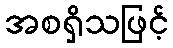
အစရှိသဖြင့်